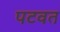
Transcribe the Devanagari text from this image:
पटवत